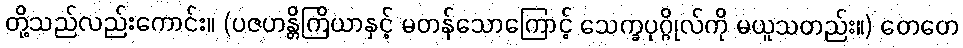
တို့သည်လည်းကောင်း။ (ပဇဟန္တိကြိယာနှင့် မတန်သောကြောင့် သေက္ခပုဂ္ဂိုလ်ကို မယူသတည်း။) တေတေ